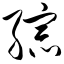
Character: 综